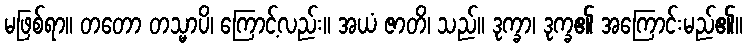
မဖြစ်ရာ။ တတော တသ္မာပိ၊ ကြောင့်လည်း။ အယံ ဇာတိ၊ သည်။ ဒုက္ခာ၊ ဒုက္ခ၏ အကြောင်းမည်၏။